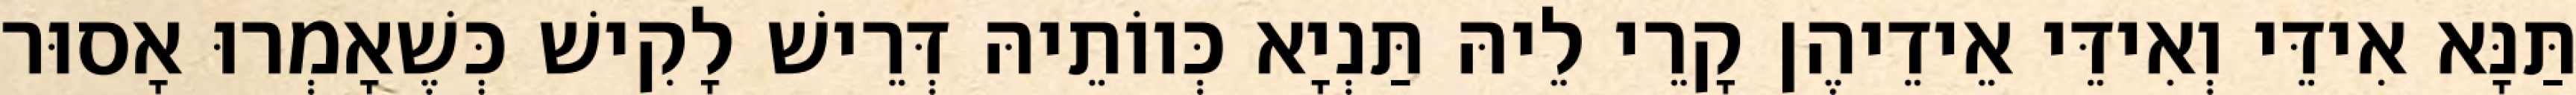
תַּנָּא אִידֵּי וְאִידֵּי אֵידֵיהֶן קָרֵי לֵיהּ תַּנְיָא כְּווֹתֵיהּ דְּרֵישׁ לָקִישׁ כְּשֶׁאָמְרוּ אָסוּר